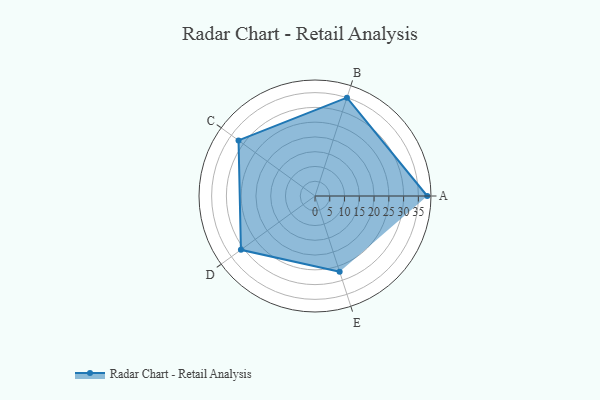
{"axis": {"x": "Skill", "y": "Score"}, "legend": ["Profile"], "data": [{"x": "A", "y": 38.0, "type": "Profile"}, {"x": "B", "y": 35.0, "type": "Profile"}, {"x": "C", "y": 32.0, "type": "Profile"}, {"x": "D", "y": 31.0, "type": "Profile"}, {"x": "E", "y": 27.0, "type": "Profile"}]}